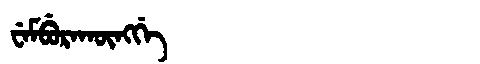
Manchu: ᠸᡝᠮᠪᡠᡵᠠᡴᡡᠩᡤᡝ
Romanization: WEMBURAKŪNGGE